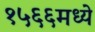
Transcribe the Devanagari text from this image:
१५६६मध्ये